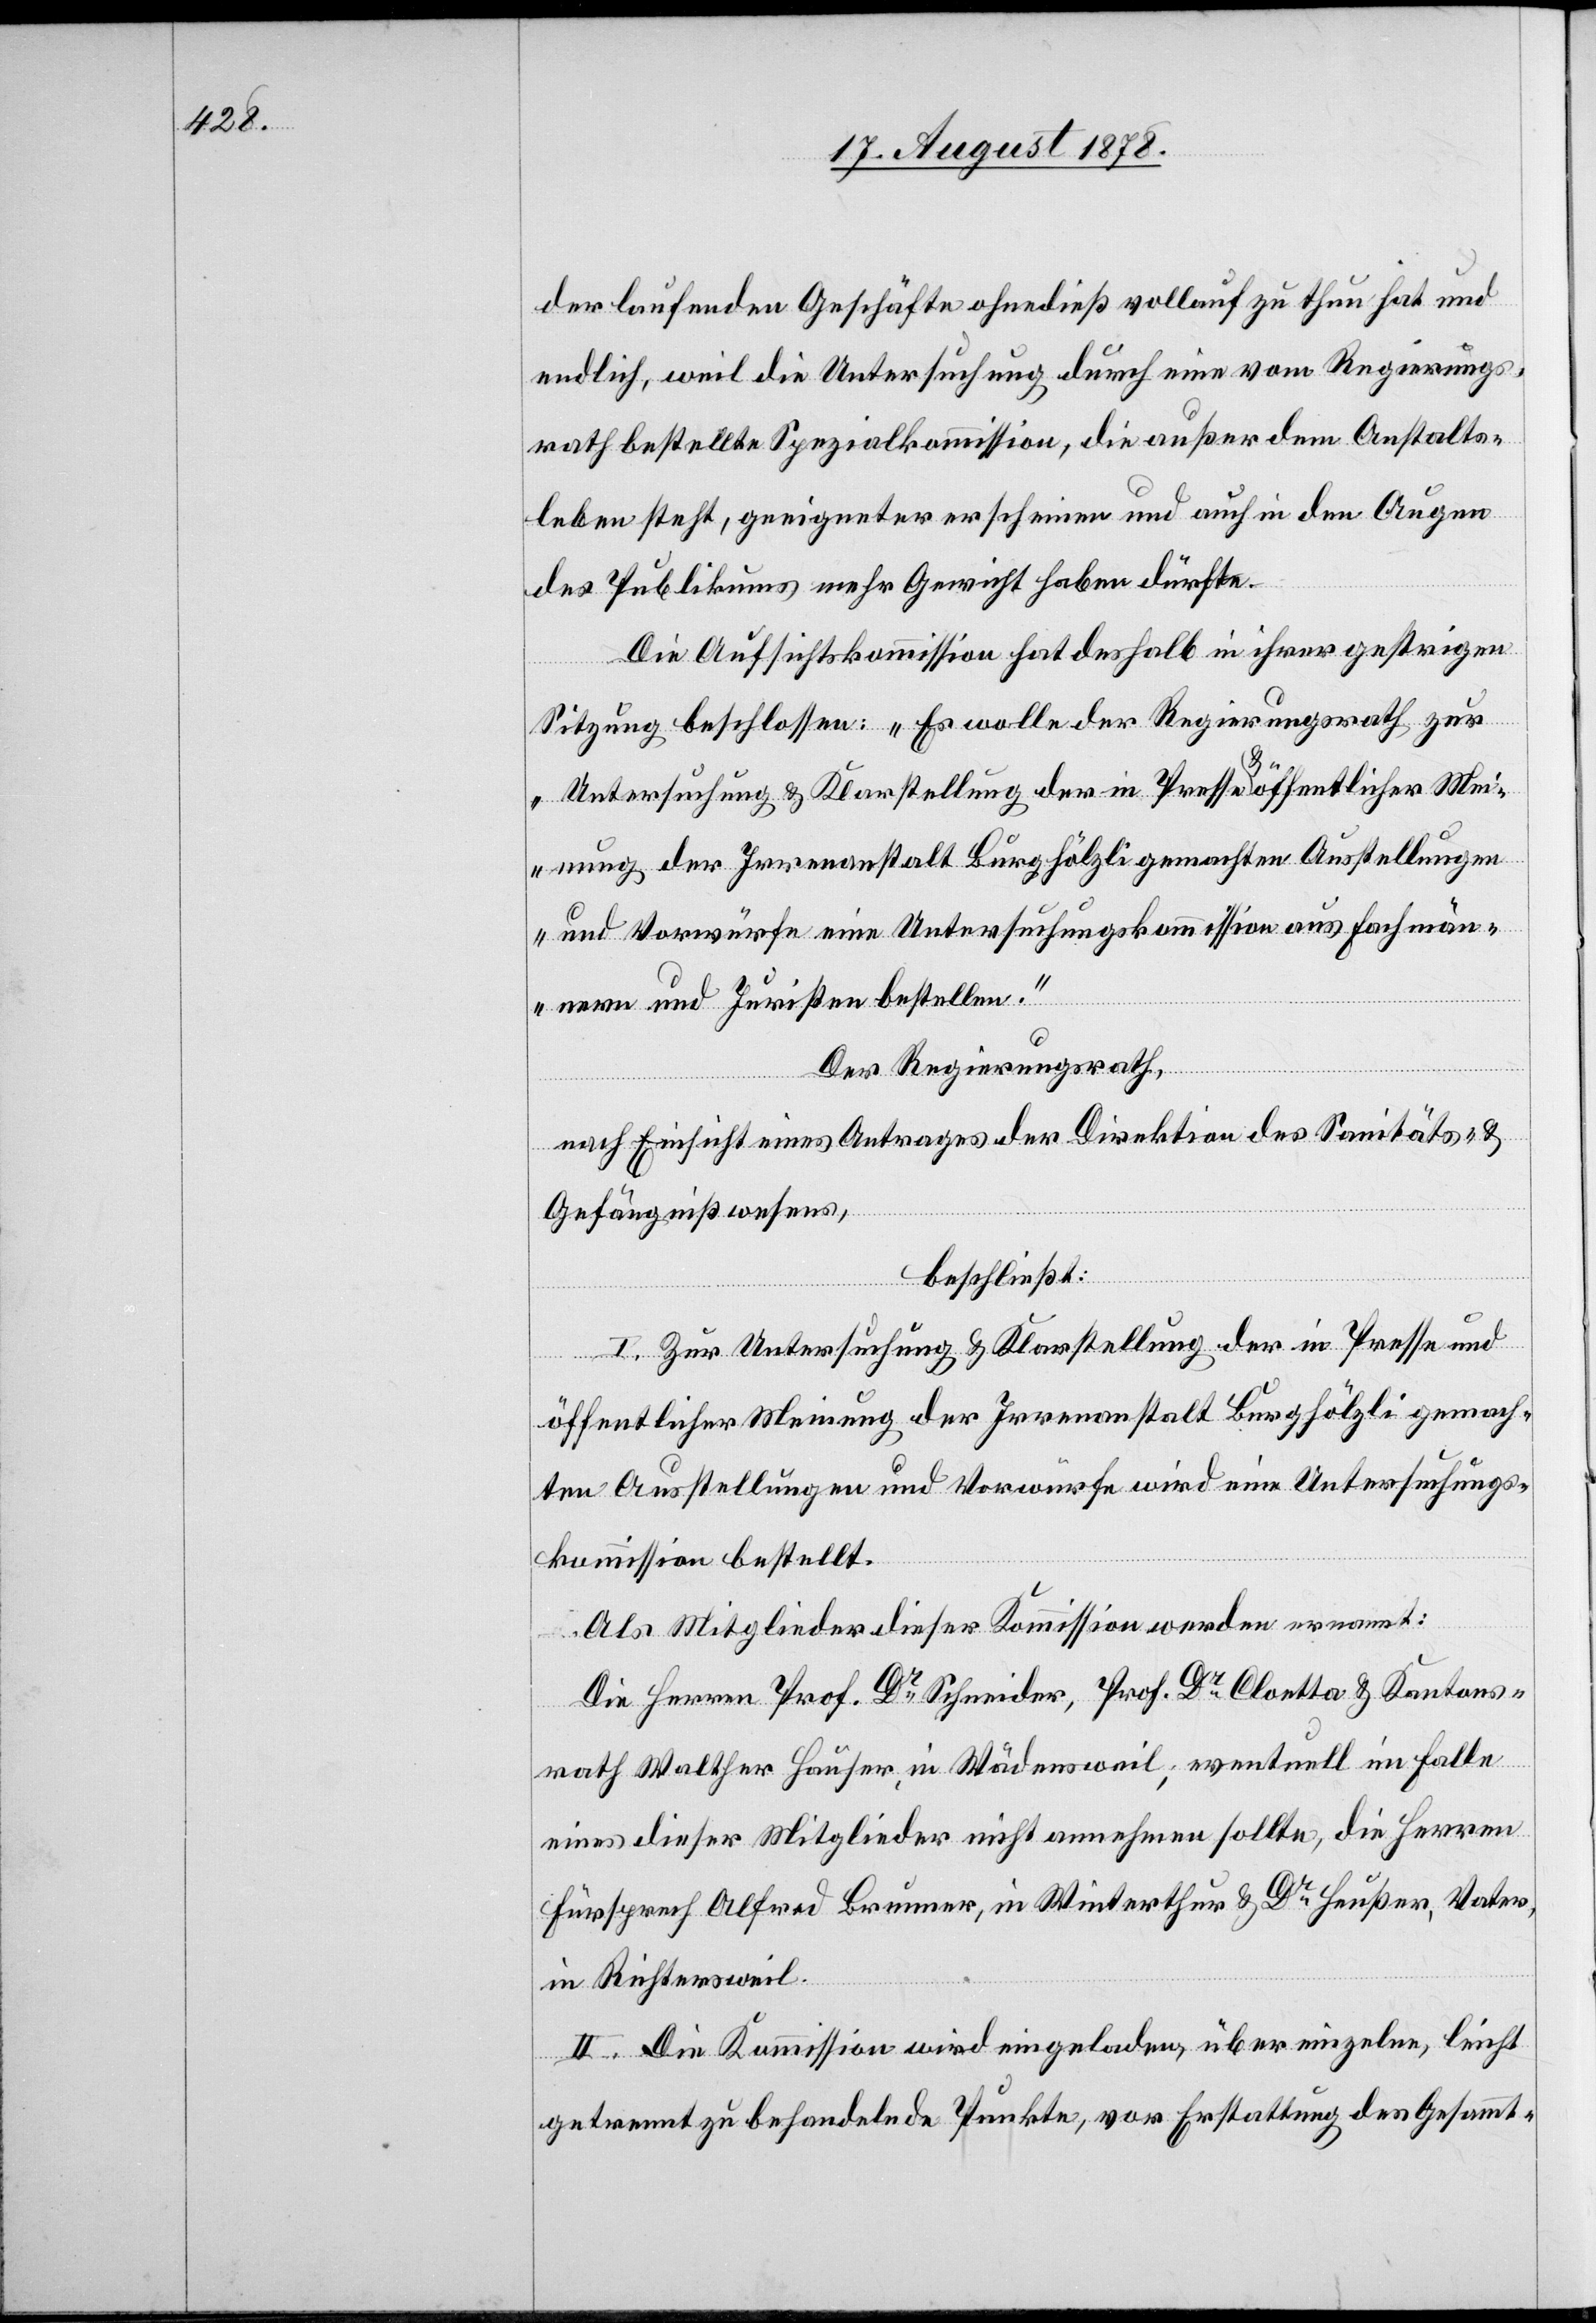
der laufenden Geschäfte ohnedieß vollauf zu thun hat und
endlich, weil die Untersuchung durch eine vom Regierungs¬
rath bestellte Spezialkommission, die außer dem Anstalts¬
leben steht, geeigneter erscheine und auch in den Augen
des Publikums mehr Gewicht haben dürfte.
Die Aufsichtskommission hat deshalb in ihrer gestrigen
Sitzung beschlossen: „Es wolle der Regierungsrath zur
Untersuchung & Klarstellung der in Presse & öffentlicher Mei¬
nung der Irrenanstalt Burghölzli gemachten Ausstellungen
und Vorwürfe eine Untersuchungskommission aus Fachmän¬
nern und Juristen bestellen.“
Der Regierungsrath,
nach Einsicht eines Antrages der Direktion des Sanitäts- &
Gefängnißwesens,
beschließt:
I. Zur Untersuchung & Klarstellung der in Presse und
öffentlicher Meinung der Irrenanstalt Burghölzli gemach¬
ten Ausstellungen und Vorwürfe wird eine Untersuchungs¬
kommission bestellt.
Als Mitglieder dieser Komission werden ernannt:
Die Herren Prof. Dr Schneider, Prof. Dr Cloetta & Kantons¬
rath Walther Hauser, in Wädensweil; eventuell im Falle
eines dieser Mitglieder nicht annehmen sollte, die Herren
Fürsprech Alfred Brunner, in Winterthur & Dr Heußer, Vater,
in Richtersweil.
II. Die Kommission wird eingeladen, über einzelne, leicht
getrennt zu behandelnde Punkte, vor Erstattung des Gesammt-